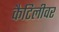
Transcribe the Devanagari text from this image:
कैटिलीवर